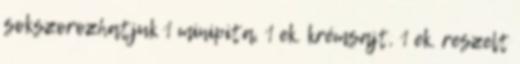
sokszorozhatjuk 1 minipita, 1 ek. krémsajt, 1 ek. reszelt